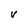
Character: V